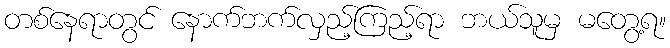
တစ်နေရာတွင် နောက်ဘက်လှည့်ကြည့်ရာ ဘယ်သူမှ မတွေ့ရ။